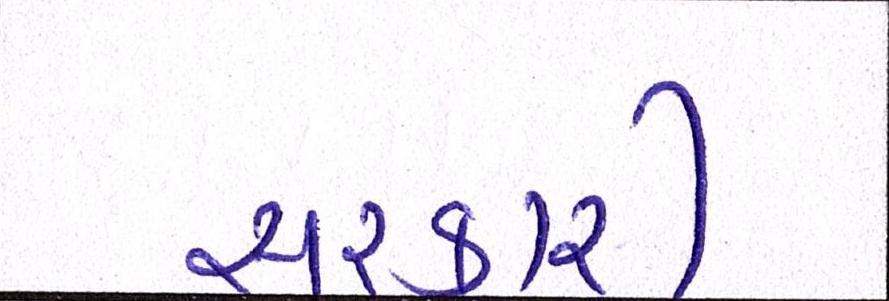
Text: સરકારી